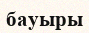
бауыры